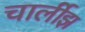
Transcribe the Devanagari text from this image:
चार्लीझ